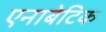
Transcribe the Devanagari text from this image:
एनाबेटिक